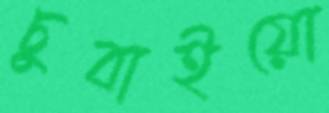
চুবাইয়ো